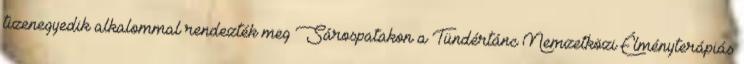
tizenegyedik alkalommal rendezték meg Sárospatakon a Tündértánc Nemzetközi Élményterápiás